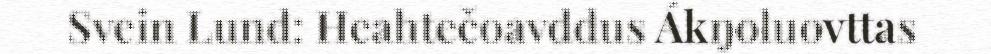
Svein Lund: Heahtečoavddus Ákŋoluovttas